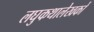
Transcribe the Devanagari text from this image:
लघुकथालेखकों